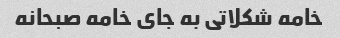
خامه شکلاتی به جای خامه صبحانه